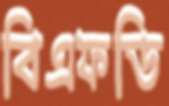
বিএফডি